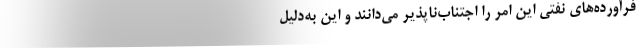
فرآورده‌های نفتی این امر را اجتناب‌ناپذیر می‌دانند و این به‌دلیل